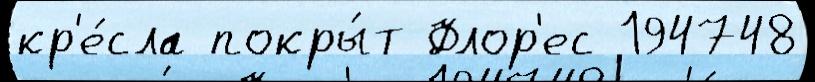
кр'е́сла покры́т Флор'ес 194748